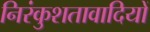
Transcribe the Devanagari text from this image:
निरंकुशतावादियों